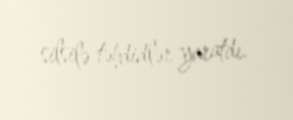
silsilə təhdidlər yaratdı.